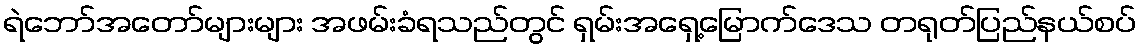
ရဲဘော်အတော်များများ အဖမ်းခံရသည်တွင် ရှမ်းအရှေ့မြောက်ဒေသ တရုတ်ပြည်နယ်စပ်